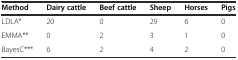
| Method | Dairy cattle | Beef cattle | Sheep | Horses | Pigs |
 | --- | --- | --- | --- | --- | --- |
 | LDLA* | 20 | 0 | 29 | 6 | 0 |
 | EMMA** | 0 | 2 | 3 | 1 | 0 |
 | BayesC*** | 6 | 2 | 4 | 2 | 0 |